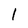
Character: l